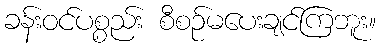
ခန်းဝင်ပစ္စည်း စီစဉ်မပေးချင်ကြဘူး။